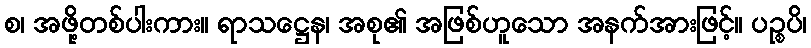
စ၊ အဖို့တစ်ပါးကား။ ရာသဋ္ဌေန၊ အစု၏ အဖြစ်ဟူသော အနက်အားဖြင့်။ ပဉ္စပိ၊